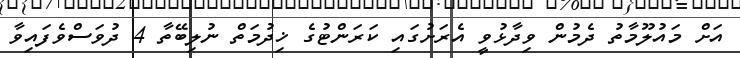
އަށް މައުލޫމާތު ދެމުން ވިދާޅުވީ އެރަށުގައި ކަރަންޓުގެ ޚިދުމަތް ނުލިބޭތާ 4 ދުވަސްވެފައިވާ